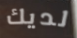
لديك